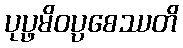
ပုပ္ဖမိဝပ္ပစေဿတိ